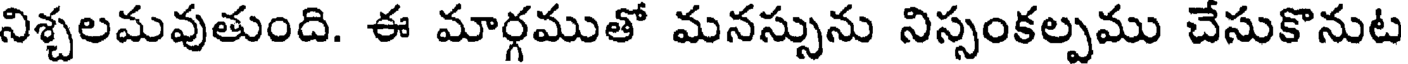
నిశ్చలమవుతుంది. ఈ మార్గముతో మనస్సును నిస్సంకల్పము చేసుకొనుట